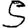
Digit: 5